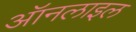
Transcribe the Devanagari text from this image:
ऑनलाइल